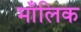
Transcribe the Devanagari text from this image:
माँलिक